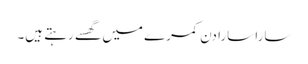
سارا سارا دن کمرے میں گھسے رہتے ہیں۔